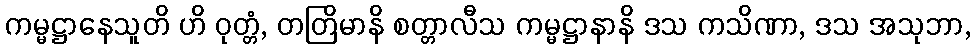
ကမ္မဋ္ဌာနေသူတိ ဟိ ဝုတ္တံ, တတြိမာနိ စတ္တာလီသ ကမ္မဋ္ဌာနာနိ ဒသ ကသိဏာ, ဒသ အသုဘာ,